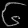
Digit: ၆